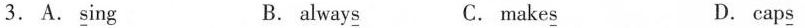
3.A.\underline{s}ing B. alway\underline{s} C. make\underline{s} D.cap\underline{s}